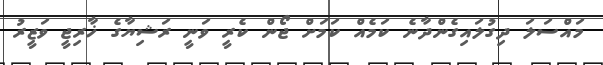
މައްސަލަ ދިގުލައިގެންދާނެ ކަމެއް ކަމަށް ޖޯން ކެރީ ވަނީ ރަޝިޔާގެ ޚާރިޖީ ވަޒީރު